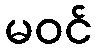
မဝင်